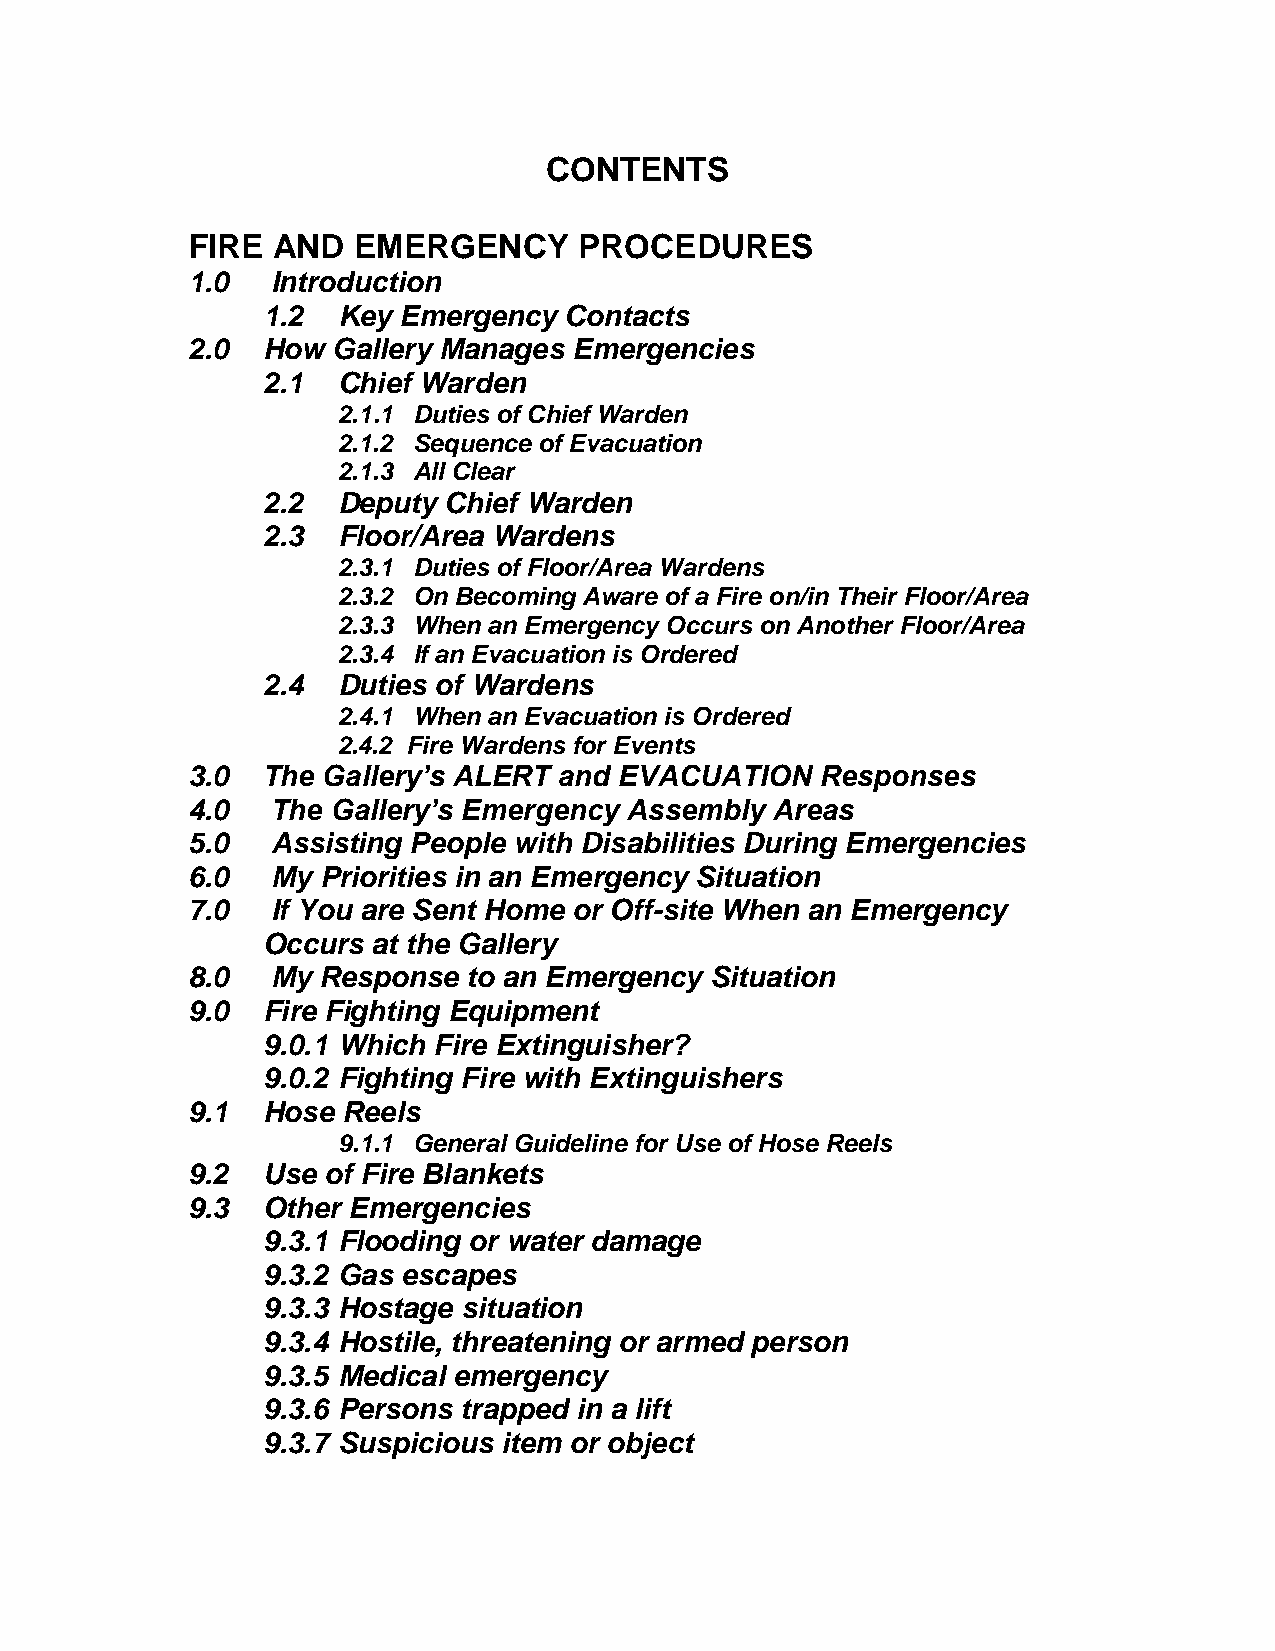
CONTENTS
 FIRE  AND  EMERGENCY      PROCEDURES
 1.0   Introduction
 1.2  Key Emergency  Contacts
 2.0  How  Gallery Manages Emergencies
 2.1  Chief Warden
 2.1.1 Duties of Chief Warden
 2.1.2 Sequence of Evacuation
 2.1.3 All Clear
 2.2  Deputy Chief Warden
 2.3  Floor/Area Wardens
 2.3.1 Duties of Floor/Area Wardens
 2.3.2 On Becoming Aware of a Fire on/in Their Floor/Area
 2.3.3 When an Emergency Occurs on Another Floor/Area
 2.3.4 If an Evacuation is Ordered
 2.4  Duties of Wardens
 2.4.1 When an Evacuation is Ordered
 2.4.2 Fire Wardens for Events
 3.0  The Gallery’s ALERT and EVACUATION   Responses
 4.0   The Gallery’s Emergency Assembly Areas
 5.0   Assisting People with Disabilities During Emergencies
 6.0   My Priorities in an Emergency Situation
 7.0   If You are Sent Home or Off-site When an Emergency
 Occurs  at the Gallery
 8.0   My Response  to an Emergency Situation
 9.0  Fire Fighting Equipment
 9.0.1 Which Fire Extinguisher?
 9.0.2 Fighting Fire with Extinguishers
 9.1  Hose  Reels
 9.1.1 General Guideline for Use of Hose Reels
 9.2  Use of Fire Blankets
 9.3  Other Emergencies
 9.3.1 Flooding or water damage
 9.3.2 Gas escapes
 9.3.3 Hostage situation
 9.3.4 Hostile, threatening or armed person
 9.3.5 Medical emergency
 9.3.6 Persons trapped in a lift
 9.3.7 Suspicious item or object